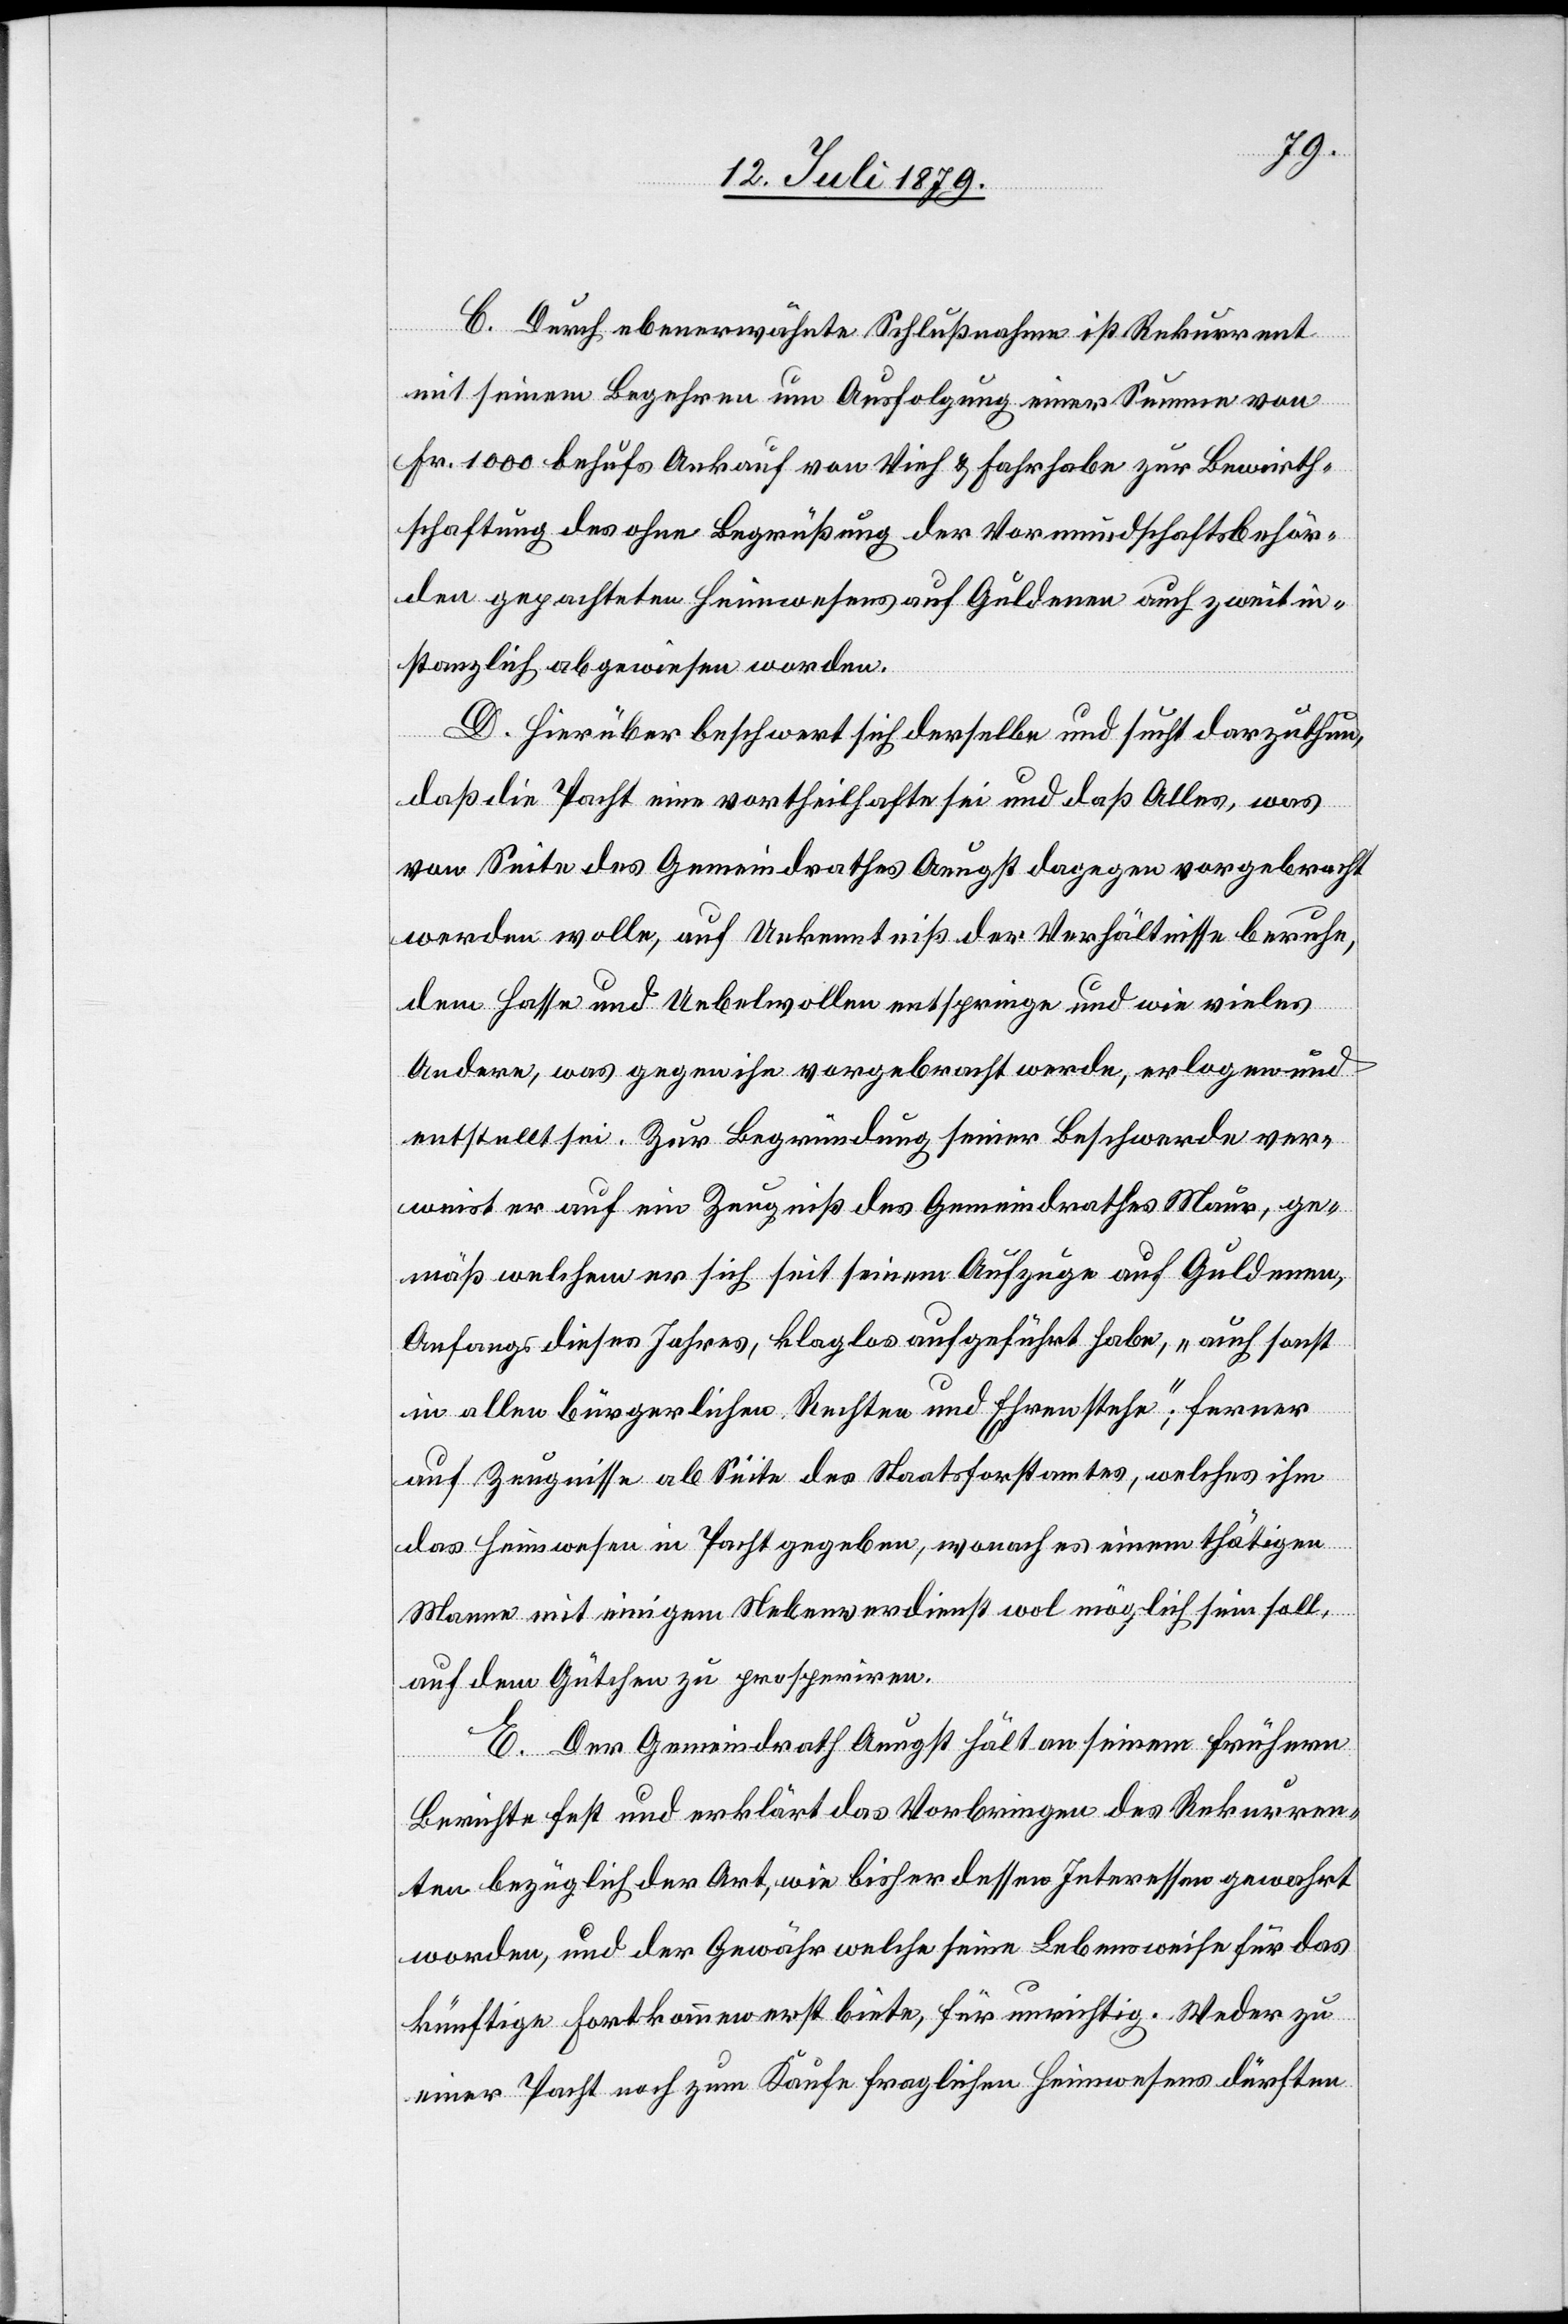
C. Durch ebenerwähnte Schlußnahme ist Rekurrent
mit seinem Begehren um Ausfolgung einer Summe von
Fr. 1000 behufs Ankauf von Vieh & Fahrhabe zur Bewirth¬
schaftung des ohne Begrüßung der Vormundschaftsbehör¬
den gepachteten Heimwesens auf Guldenen auch zweitin¬
stanzlich abgewiesen worden.
D. Hierüber beschwert sich derselbe und sucht darzuthun,
daß die Pacht eine vortheilhafte sei und daß Alles, was
von Seite des Gemeindrathes Aeugst dagegen vorgebracht
werden wolle, auf Unkenntniß der Verhältnisse beruhe,
dem Hasse und Uebelwollen entspringe und wie vieles
Andere, was gegen ihn vorgebracht werde, erlogen und
entstellt sei. Zur Begründung seiner Beschwerde ver¬
weist er auf ein Zeugniß des Gemeindrathes Maur, ge¬
mäß welchem er sich seit seinem Aufzuge auf Guldenen,
Anfangs dieses Jahres, klaglos aufgeführt habe, „auch sonst
in allen bürgerlichen Rechten und Ehren stehe“; ferner
auf Zeugnisse ab Seite des Staatsforstamtes, welches ihm
das Heimwesen in Pacht gegeben, wonach es einem thätigen
Manne mit einigem Nebenverdienst wol möglich sein soll,
auf dem Gütchen zu prosperiren.
E. Der Gemeindrath Aeugst hält an seinem frühern
Berichte fest und erklärt das Vorbringen des Rekurren¬
ten bezüglich der Art, wie bisher dessen Interessen gewahrt
worden, und der Gewähr welche seine Lebensweise für das
künftige Fortkommen erst biete, für unrichtig. Weder zu
einer Pacht noch zum Kaufe fraglichen Heimwesens dürften